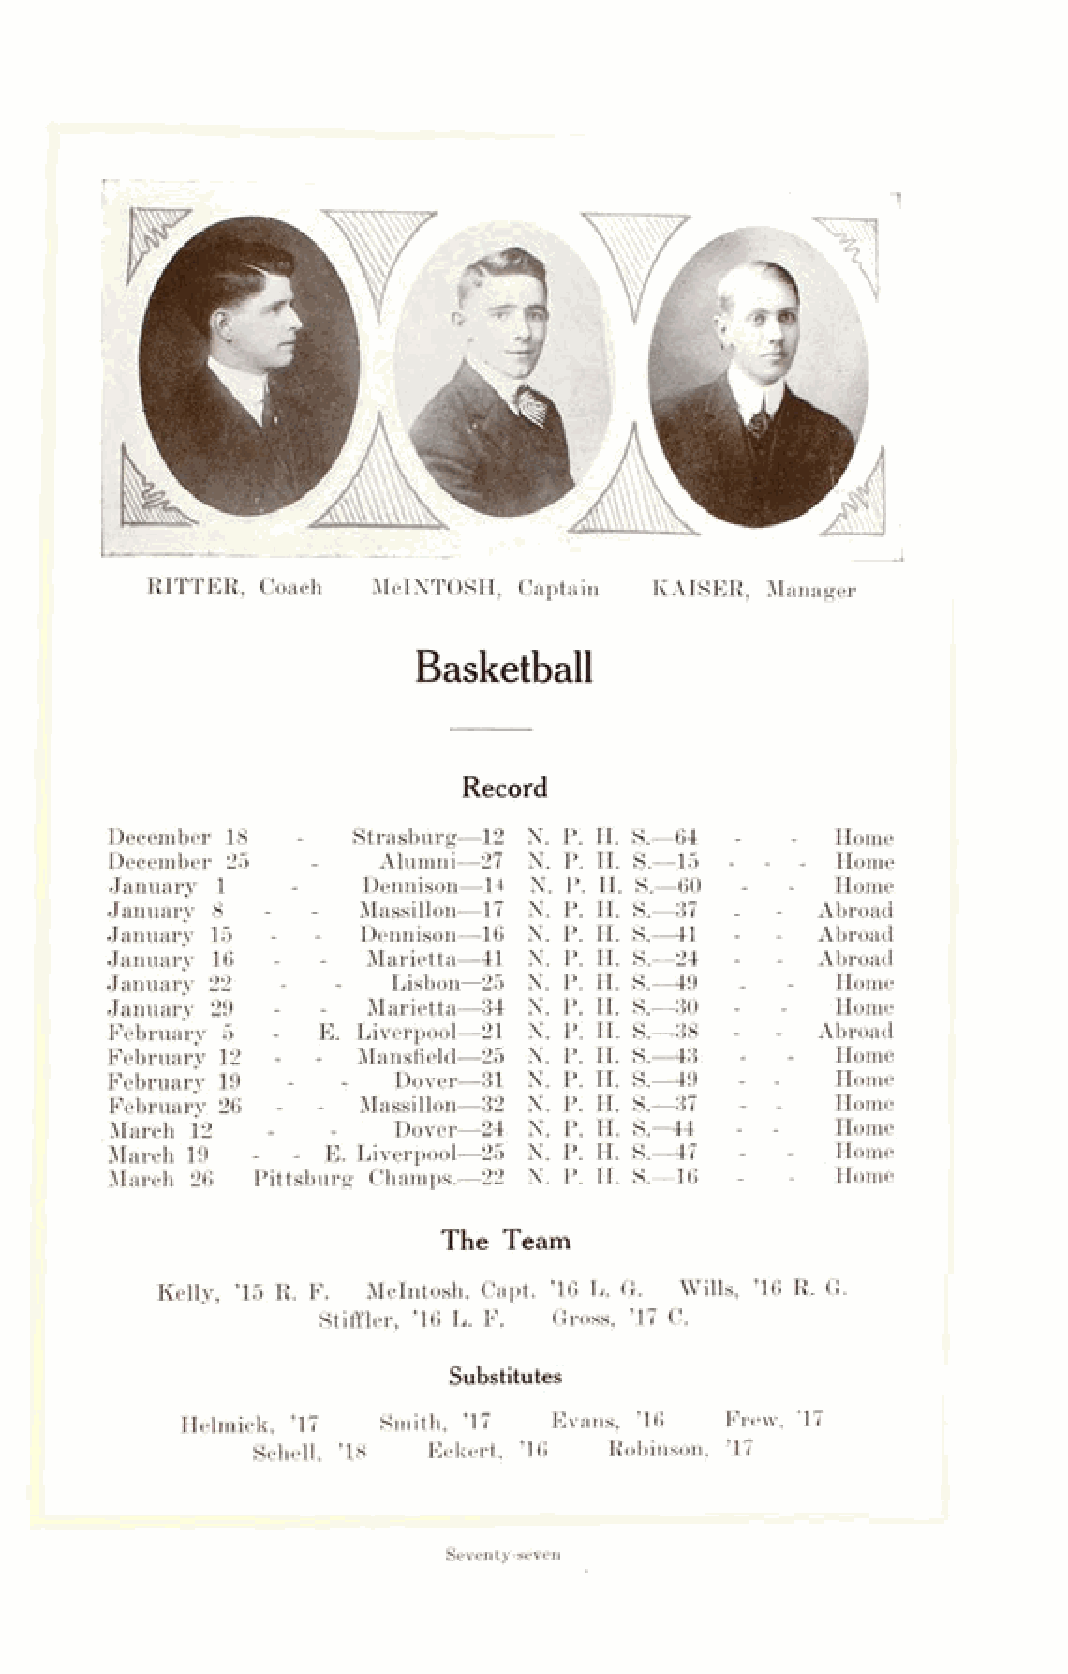
RITTER, Coach  McINTOSH, Captain KAISER, Manager
 Basketball
 Record
 December 18     Strasburg—12 N. P. H. S.—64     Home
 December 25       Alumni—27 N. P. H. S.—15      Home
 January 1        Dennison—14 N. P. H. S.—60     Home
 Januarv 8        Massillon—17 N. P. H. S.—37   Abroad
 January 15       Dennison—16 N. P. H. S.—41    Abroad
 January 16       Marietta—41 N. P. H. S.—24    Abroad
 January 22         Lisbon—25 N. P. H. S.—49     Home
 January 29       Marietta—34 N. P. II. S.—30    Home
 February 5    E. Liverpool—21 N. P. H. S.^38   Abroad
 February 12      Mansfield—25 N. P. II. S.—43   Home
 February 19        Dover—31 N. P. H. S.—49      Home
 February 26      Massillon—32 N. P. H. S.—37    Home
 March 12           Dover—24 N. P. LI. S.—44     Home
 March 19    - E. Liverpool—25 N. P. H. S.—47    Home
 March 26  Pittsburg Champs.—22 N. P. H. S.—16   Home
 The Team
 Kelly, ’15 R. F. McIntosh, Capt. ’16 L. G. Wills, ’16 R. G.
 Stiffler, ’16 L. F. Gross, ’17 C.
 Substitutes
 Helmick, ’17 Smith, ’17 Evans, ’16  Frew, ’17
 Schell, ’18 Eckert, ’16 Robinson, ’17
 Seventy-seven